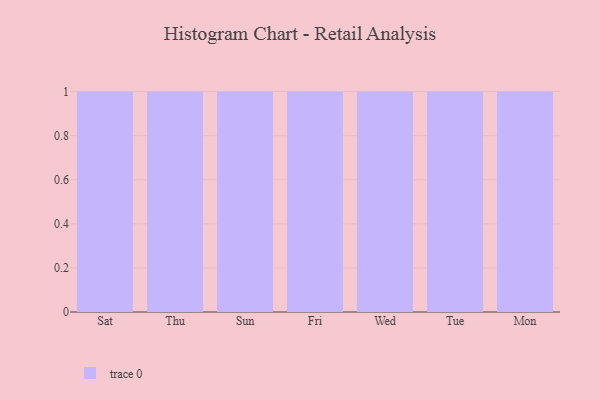
{"axis": {"x": "Day", "y": "Operating Costs (USD K)"}, "legend": [""], "data": [{"x": "Sat", "y": 26, "type": ""}, {"x": "Thu", "y": 77, "type": ""}, {"x": "Sun", "y": 62, "type": ""}, {"x": "Fri", "y": 83, "type": ""}, {"x": "Wed", "y": 83, "type": ""}, {"x": "Tue", "y": 88, "type": ""}, {"x": "Mon", "y": 46, "type": ""}]}